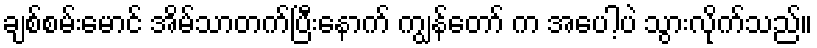
ချစ်စမ်းမောင် အိမ်သာတက်ပြီးနောက် ကျွန်တော် က အပေါ့ပဲ သွားလိုက်သည်။